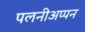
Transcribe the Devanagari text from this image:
पलनीअप्पन